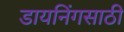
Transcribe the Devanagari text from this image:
डायनिंगसाठी